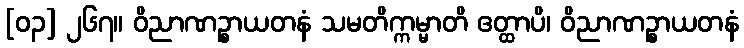
[၀၃] ၂၆၇။ ဝိညာဏဉ္စာယတနံ သမတိက္ကမ္မာတိ ဧတ္ထာပိ၊ ဝိညာဏဉ္စာယတနံ